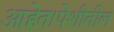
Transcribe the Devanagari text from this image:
आहेत।पेशीतील